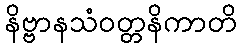
နိဗ္ဗာနသံဝတ္တနိကာတိ